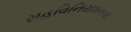
સહવિનિયમનના